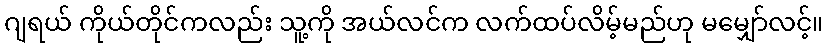
ဂျရယ် ကိုယ်တိုင်ကလည်း သူ့ကို အယ်လင်က လက်ထပ်လိမ့်မည်ဟု မမျှော်လင့်။